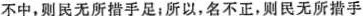
不中，则民无所措手足；所以，名不正，则民无所措手